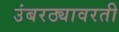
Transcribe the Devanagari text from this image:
उंबरठ्यावरती